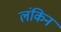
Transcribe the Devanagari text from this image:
लंकिन